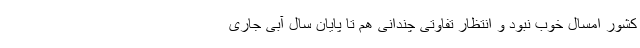
کشور امسال خوب نبود و انتظار تفاوتی چندانی هم تا پایان سال آبی جاری